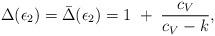
LaTeX: \begin{align*}\Delta(\epsilon_2)=\bar\Delta(\epsilon_2)=1\;+\;{c_V\over c_V-k},\end{align*}